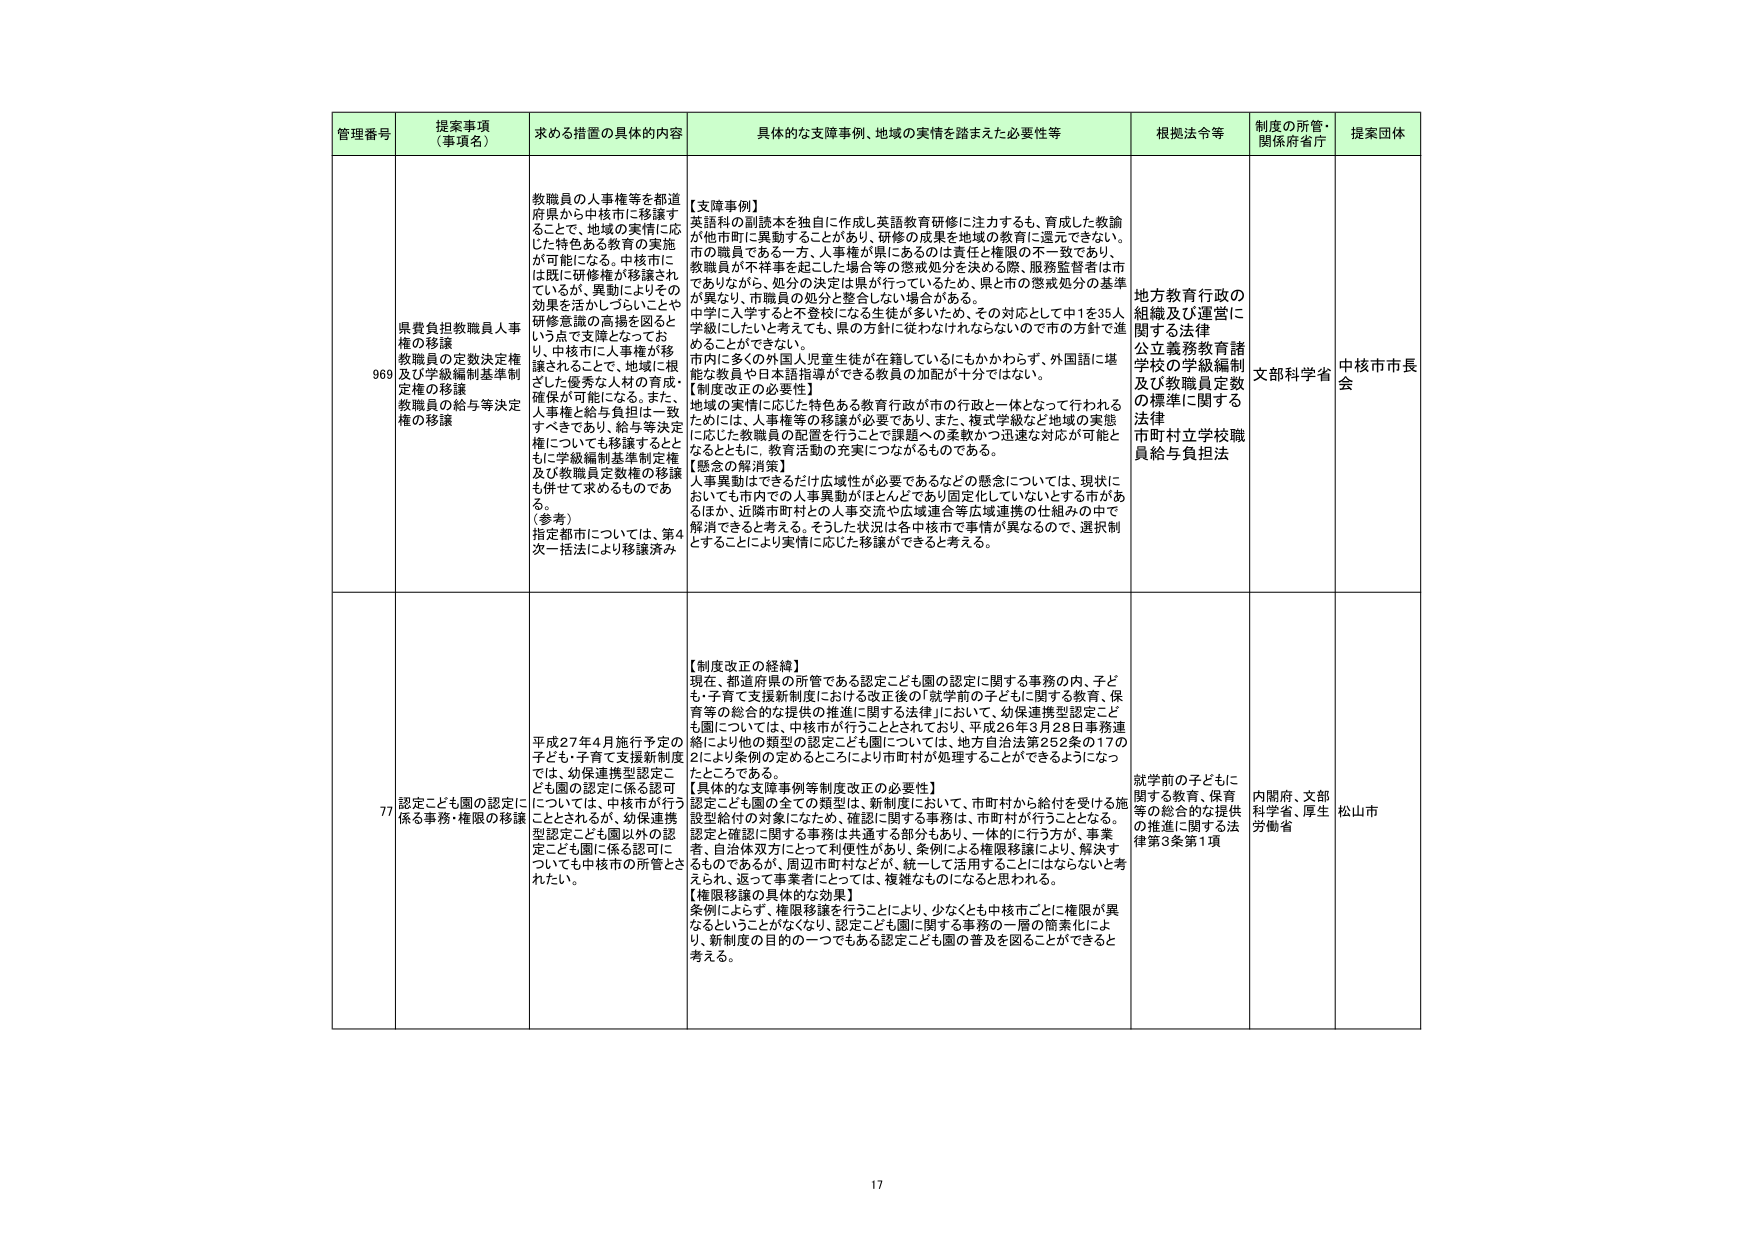
管理番号 提案事項（事項名） 求める措置の具体的内容 具体的な支障事例、地域の実情を踏まえた必要性等 根拠法令等 制度の所管・関係府省庁 提案団体

969 県費負担教職員人事権の移譲 教職員の定数決定権及び学級編制基準制定権の移譲 教職員の給与等決定権の移譲 教職員の人事権等を都道府県から中核市に移譲することで、地域の実情に応じた特色ある教育の実施が可能になる。中核市には既に研修権が移譲されているが、異動によりその効果を活かしつらいことや研修意識の高揚を図るという点で支障となっており、中核市に人事権が移譲されることで、地域に根ざした優秀な人材の育成・確保が可能になる。また、人事権と給与負担は一致すべきであり、給与等決定権についても移譲するとともに学級編制基準制定権及び教職員定数権の移譲も併せて求めるものである。 （参考） 指定都市については、第4次一括法により移譲済み 【支障事例】 英語科の副読本を独自に作成し英語教育研修に注力するも、育成した教諭が他市町に異動することがあり、研修の成果を地域の教育に還元できない。市の職員である一方、人事権が県にあるのは責任と権限の不一致であり、教職員が不祥事を起こした場合等の懲戒処分を決める際、服務監督者は市でありながら、処分の決定は県が行っているため、県と市の懲戒処分の基準が異なり、市職員の処分と整合しない場合がある。 中学に入学すると不登校になる生徒が多いため、その対応として中1を35人学級にしたいと考えても、県の方針に従わなければならないので市の方針で進めることができない。 市内に多くの外国人児童生徒が在籍しているにもかかわらず、外国語に堪能な教員や日本語指導ができる教員の加配が十分ではない。 【制度改正の必要性】 地域の実情に応じた特色ある教育行政が市の行政と一体となって行われるためには、人事権等の移譲が必要であり、また、複式学級など地域の実態に応じた教職員の配置を行うことで課題への柔軟かつ迅速な対応が可能となるとともに、教育活動の充実につながるものである。 【懸念の解消策】 人事異動はできるだけ広域性が必要であるなどの懸念については、現状においても市内での人事異動はほとんどであり固定化していないとする市があるほか、近隣市町村との人事交流や広域連合等広域連携の仕組みの中で解消できると考える。そうした状況は各中核市で事情が異なるので、選択制とすることにより実情に応じた移譲ができると考える。 地方教育行政の組織及び運営に関する法律 公立義務教育諸学校の学級編制及び教職員定数の標準に関する法律 市町村立学校職員給与負担法 文部科学省 中核市市長会

77 認定こども園の認定に係る事務・権限の移譲 平成27年4月施行予定の子ども・子育て支援新制度では、幼保連携型認定こども園の認定に係る認可については、中核市が行うこととされるが、幼保連携型認定こども園以外の認定こども園に係る認可についても中核市の所管とされたい。 【制度改正の経緯】 現在、都道府県の所管である認定こども園の認定に関する事務の内、子ども・子育て支援新制度における改正後の「就学前の子どもに関する教育、保育等の総合的な提供の推進に関する法律」において、幼保連携型認定こども園については、中核市が行うこととされており、平成26年3月28日事務連絡により他の類型の認定こども園については、地方自治法第252条の17の2により条例の定めるところにより市町村が処理することができるようになっている。 【具体的な支障事例等制度改正の必要性】 認定こども園の全ての類型は、新制度において、市町村から給付を受ける施設型給付の対象になったため、確認に関する事務は、市町村が行うこととなる。認定と確認に関する事務は共通する部分もあり、一体的に行う方が、事業者、自治体双方にとって利便性があり、条例による権限移譲により、解決するものであるが、周辺市町村などが、統一して活用することはならないと考えられ、返って事業者にとっては、複雑なものになると思われる。 【権限移譲の具体的な効果】 条例によらず、権限移譲を行うことにより、少なくとも中核市ごとに権限が異なるということがなくなり、認定こども園に関する事務の一層の簡素化により、新制度の目的の一つでもある認定こども園の普及を図ることができると考える。 就学前の子どもに関する教育、保育等の総合的な提供の推進に関する法律第3条第1項 内閣府、文部科学省、厚生労働省 松山市

17